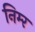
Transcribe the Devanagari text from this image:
निम्‍र